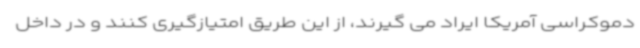
دموکراسی آمریکا ایراد می گیرند، از این طریق امتیازگیری کنند و در داخل